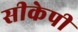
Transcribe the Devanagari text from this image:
सीकेपी